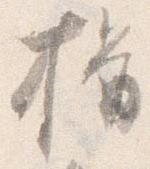
揖